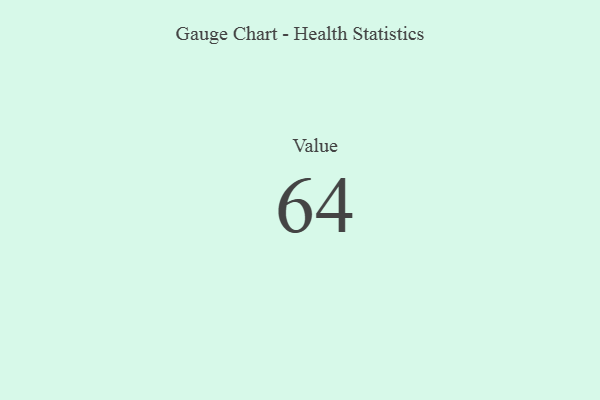
{"axis": {"x": "Metric", "y": "Value"}, "legend": [""], "data": [{"x": "Value", "y": 64, "type": ""}]}